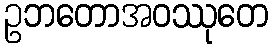
ဥဘတောအဝဿုတေ